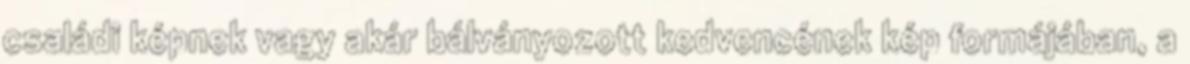
családi képnek vagy akár bálványozott kedvencének kép formájában, a